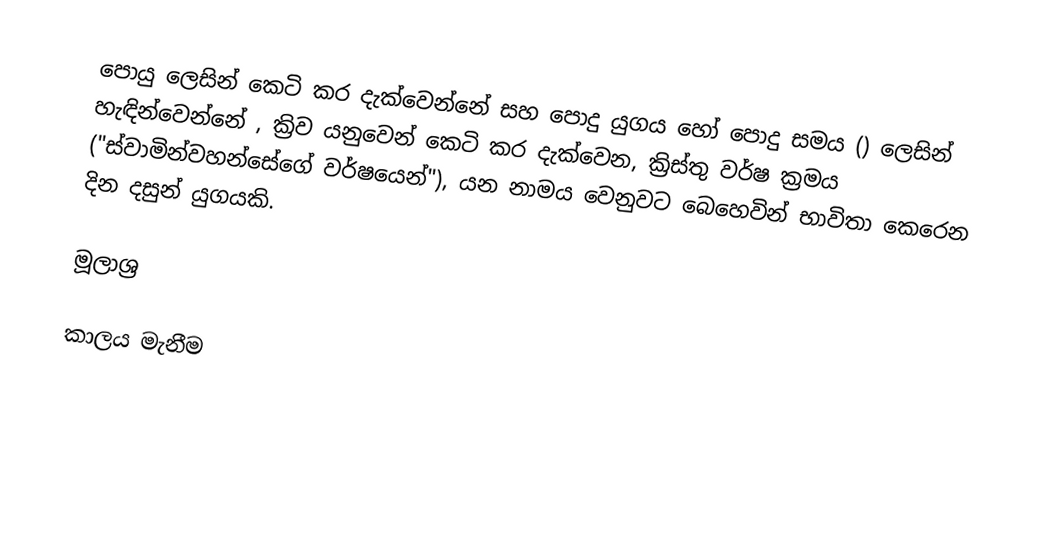
පොයු ලෙසින් කෙටි කර දැක්වෙන්නේ සහ  පොදු යුගය හෝ පොදු සමය () ලෙසින් හැඳින්වෙන්නේ ,  ක්‍රිව යනුවෙන් කෙටි කර දැක්වෙන, ක්‍රිස්තු වර්ෂ ක්‍රමය ("ස්වාමින්වහන්සේගේ වර්ෂයෙන්"), යන නාමය වෙනුවට බෙහෙවින් භාවිතා කෙරෙන  දින දසුන් යුගයකි.

මූලාශ්‍ර

කාලය මැනීම